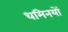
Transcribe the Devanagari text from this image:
धमिनयों